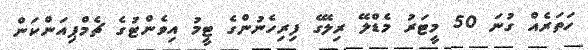
ހަތަރެއް ގުނަ 50 މީޓަރު މެޑްލޭ ރިލޭގެ ފިރިހެނުންގެ ޓީމު އިވެންޓުގެ ޗެމްޕިއަންކަން